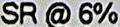
SR @ 6%